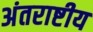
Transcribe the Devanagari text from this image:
अंतराष्टीय